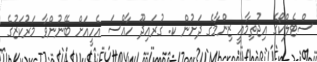
ސްޓެލްކޯގެ އިޖުތިމާއީ ޒިންމާގެ ދަށުން ކ. ގުރައިދޫ ހާއްސަ އެހީއަށް ބޭނުންވާ މަރުކަޒުގެ